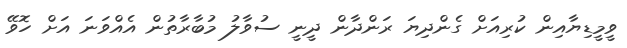
ވީމީޑިޔާއިން ކުރިއަށް ގެންދިޔަ ރަންދާން ދީނީ ސުވާލު މުބާރާތުން އެއްވަނަ އަށް ހޮވޭ